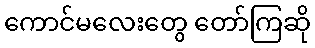
ကောင်မလေးတွေ တော်ကြဆို